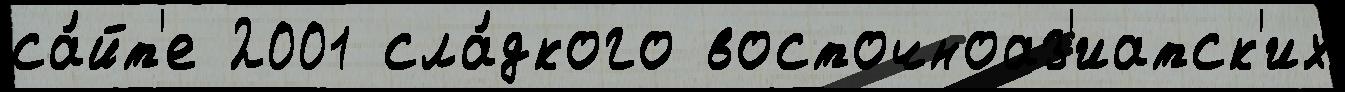
са́йт'е 2001 сла́дкого восточноаз'иатск'их